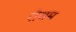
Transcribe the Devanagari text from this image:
रोधम